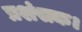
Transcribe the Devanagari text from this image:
प्रशंसक।